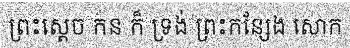
ព្រះស្តេច កន ក៏ ទ្រង់ ព្រះកន្សែង សោក